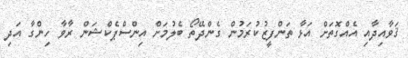
ޤަވާއިދާއި އެއްގޮތަށް އަޅާ ތަންފީޒުކުރަމުން ގެންދޭތޯ ބެލުމަށް އިންސްޕެކްޝަން ރާވާ ހިންގާ އަދި